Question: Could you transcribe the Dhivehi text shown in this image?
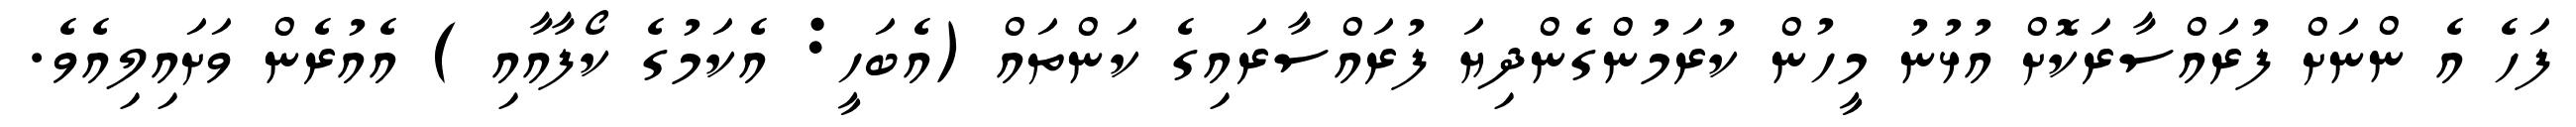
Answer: ފަހެ އެ ންނަށް ފުރައްސާރަކޮށް އުޅުނު މީހުން ކުރަމުންގެންދިޔަ ފުރައްސާރައިގެ ކަންތައް (އެބަހީ: އެކަމުގެ ކޯފާއާއި ) އެއުރެން ވަށައިލިއެވެ.